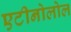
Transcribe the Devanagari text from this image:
एटीनोलोल